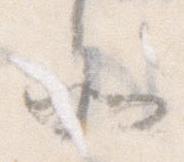
そ